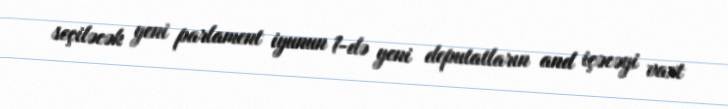
seçiləcək yeni parlament iyunun 1-də yeni deputatların and içəcəyi vaxt